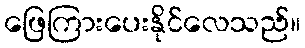
ဖြေကြားပေးနိုင်လေသည်။